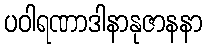
ပဝါရဏာဒါနာနုဇာနနာ